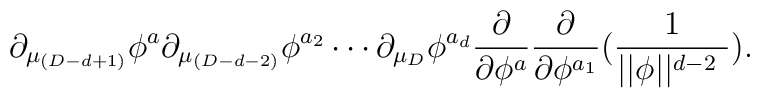
\partial _{\mu _{(D-d+1)}}\phi ^a\partial _{\mu _{(D-d-2)}}\phi ^{a_2}\cdots\partial _{\mu _D}\phi ^{a_d}\frac \partial {\partial \phi ^a}\frac \partial{\partial \phi ^{a_1}}(\frac 1{||\phi ||^{d-2\ }}).